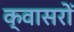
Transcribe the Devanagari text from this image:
क्वासरों